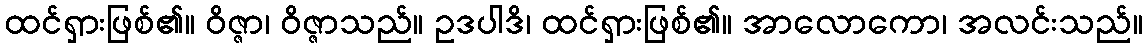
ထင်ရှားဖြစ်၏။ ဝိဇ္ဇာ၊ ဝိဇ္ဇာသည်။ ဥဒပါဒိ၊ ထင်ရှားဖြစ်၏။ အာလောကော၊ အလင်းသည်။